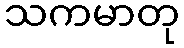
သကမာတု